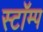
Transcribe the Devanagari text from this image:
स्टॉम्प